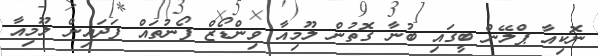
ނޮކިއާ ޕްލޭން ބީގައި ބުނާ ގޮތުން ލޫމިއާ ވިންޑޯޒް ފޯނުތައް ފަދައިން ލޫމިއާ